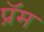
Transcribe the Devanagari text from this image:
प्रॅम